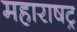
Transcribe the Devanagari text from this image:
महाराषट्र